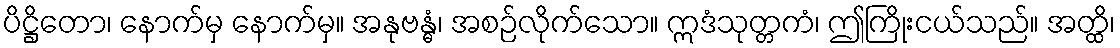
ပိဋ္ဌိတော၊ နောက်မှ နောက်မှ။ အနုဗန္ဓံ၊ အစဉ်လိုက်သော။ ဣဒံသုတ္တကံ၊ ဤကြိုးငယ်သည်။ အတ္ထိ၊